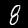
Label: 8